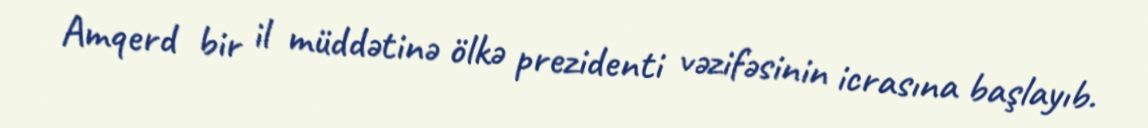
Amqerd bir il müddətinə ölkə prezidenti vəzifəsinin icrasına başlayıb.